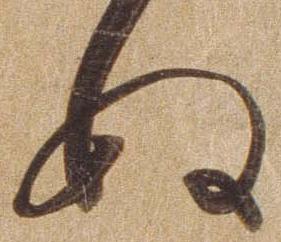
ぬ